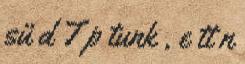
sü d T p tunk , e tt n